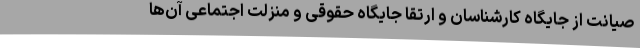
صیانت از جایگاه کارشناسان و ارتقا جایگاه حقوقی و منزلت اجتماعی آن‌ها